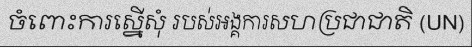
ចំពោះការស្នើសុំ របស់អង្គការសហប្រជាជាតិ (UN)